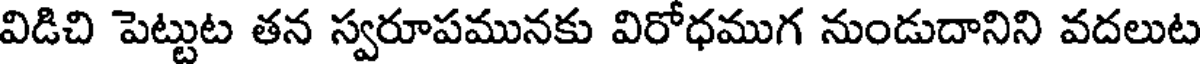
విడిచి పెట్టుట తన స్వరూపమునకు విరోధముగ నుండుదానిని వదలుట